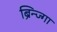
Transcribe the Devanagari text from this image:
ब्रिन्ज्गा